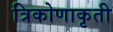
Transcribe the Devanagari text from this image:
त्रिकोणाकृती